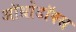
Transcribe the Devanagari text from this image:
ऑथ्रोडॉक्स